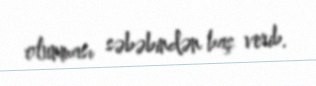
olunması səbəbindən baş verib.